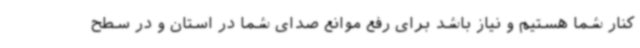
کنار شما هستیم و نیاز باشد برای رفع موانع صدای شما در استان و در سطح